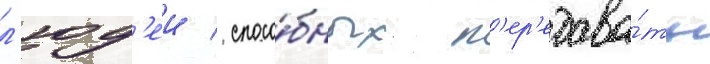
л'юд'еи / спосо́бных п'ер'едава́ть